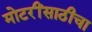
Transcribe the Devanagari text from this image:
मोटरींसाठीचा